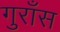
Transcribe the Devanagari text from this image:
गुराँस